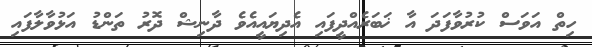
ހިތް އަވަސް ކުރުވާފަދަ އާ ޚަބަރެއްދީފައި އެދިޔައީއެވެ ދާނިޝް ދޮރު ތަންޑު އަޅުވާލާފައި